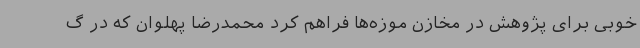
خوبی برای پژوهش در مخازن موزه‌ها فراهم کرد محمدرضا پهلوان که در گ